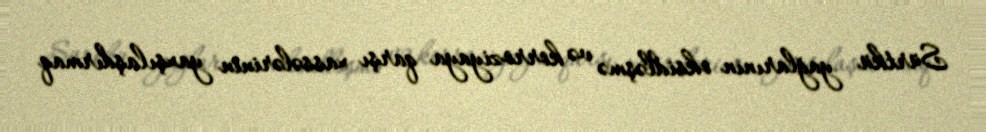
Sürtkü yağlarının oksidləşmə və korroziyaya qarşı xassələrinin yaxşılaşdırmaq